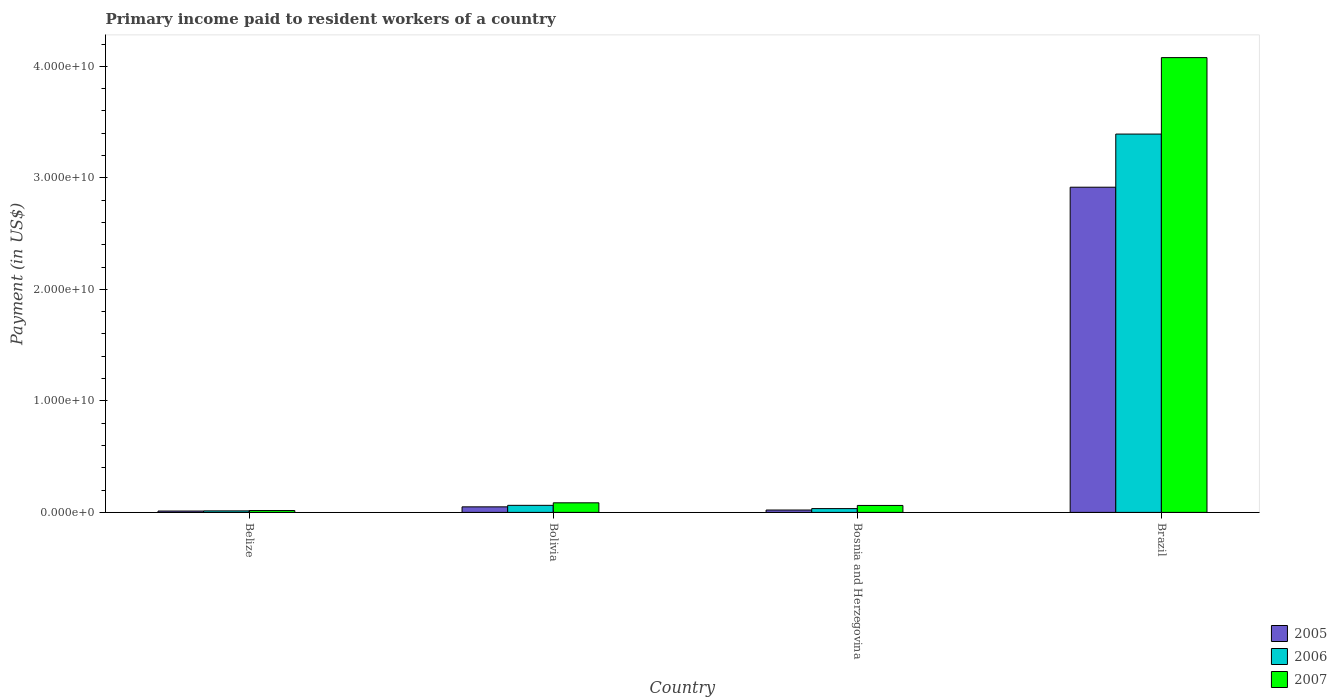
| Country | 2005 | 2006 | 2007 |
 | --- | --- | --- | --- |
 | Belize | 1.21e+08 | 1.35e+08 | 1.66e+08 |
 | Bolivia | 4.98e+08 | 6.33e+08 | 8.59e+08 |
 | Bosnia and Herzegovina | 2.13e+08 | 3.4e+08 | 6.23e+08 |
 | Brazil | 2.92e+10 | 3.39e+10 | 4.08e+10 |